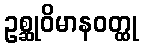
ဥစ္ဆုဝိမာနဝတ္ထု